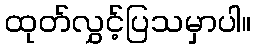
ထုတ်လွှင့်ပြသမှာပါ။